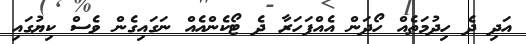
އަދި ދެ ހިދުމަތެއް ހޯދަން އެއްފަހަރާ ދެ ޓޯކެންއެއް ނަގައިގެން ވެސް ކިޔުގައި